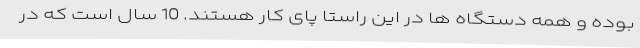
بوده و همه دستگاه ها در این راستا پای کار هستند. 10 سال است که در